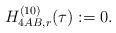
LaTeX: \begin{align*}H^{(10)}_{4AB,r}(\tau):=0.\end{align*}